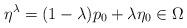
LaTeX: \begin{align*}\eta^\lambda=(1-\lambda)p_0+\lambda \eta_0\in \Omega\end{align*}